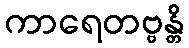
ကာရေတဗ္ဗန္တိ